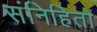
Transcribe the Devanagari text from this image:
संनिहितो